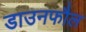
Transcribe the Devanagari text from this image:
डाउनफौल